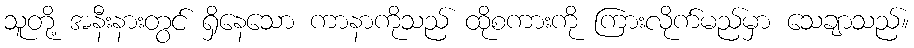
သူတို့ အနီးနားတွင် ရှိနေသော ကာနာကိုသည် ထိုစကားကို ကြားလိုက်မည်မှာ သေချာသည်။